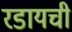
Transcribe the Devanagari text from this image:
रडायची